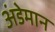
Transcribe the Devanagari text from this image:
अंडेमान